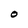
Character: O